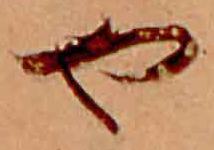
や